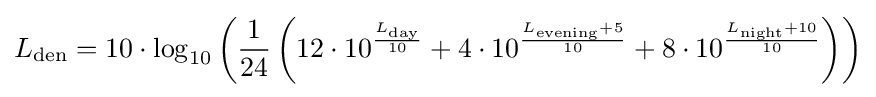
L_{\mathrm {den} }=10\cdot \log _{10}\left({\frac {1}{24}}\left(12\cdot 10^{\frac {L_{\mathrm {day} }}{10}}+4\cdot 10^{\frac {L_{\mathrm {evening} }+5}{10}}+8\cdot 10^{\frac {L_{\mathrm {night} }+10}{10}}\right)\right)